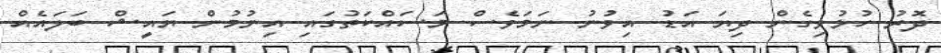
ދޮރު ހުޅުވިގެން ދިޔަ އަޑު އިވުނު ނަމަވެސް މަސައްކަތުގައި އިނުމުން ޔައީޝް ބަލައެއް